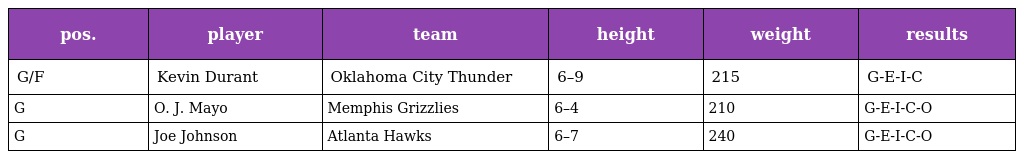
| pos. | player | team | height | weight | results |
 | --- | --- | --- | --- | --- | --- |
 | G/F | Kevin Durant | Oklahoma City Thunder | 6–9 | 215 | G-E-I-C |
 | G | O. J. Mayo | Memphis Grizzlies | 6–4 | 210 | G-E-I-C-O |
 | G | Joe Johnson | Atlanta Hawks | 6–7 | 240 | G-E-I-C-O |